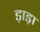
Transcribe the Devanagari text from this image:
ड़ाड़ा